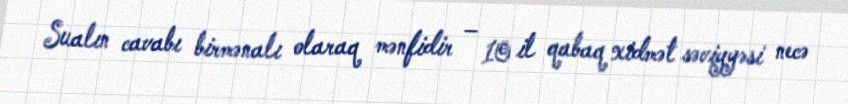
Sualın cavabı birmənalı olaraq mənfidir – 10 il qabaq xidmət səviyyəsi necə